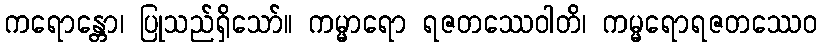
ကရောန္တော၊ ပြုသည်ရှိသော်။ ကမ္မာရော ရဇတဿေဝါတိ၊ ကမ္မရောရဇတဿေဝ